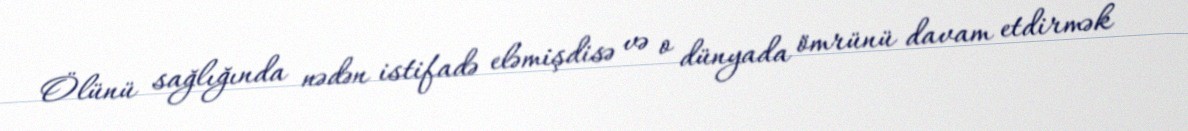
Ölünü sağlığında nədən istifadə eləmişdisə və o dünyada ömrünü davam etdirmək